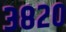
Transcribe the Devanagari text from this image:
३८२०